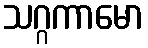
သဂ္ဂကာမော